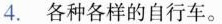
4.各种各样的自行车。